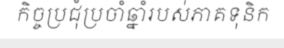
កិច្ចប្រជុំប្រចាំឆ្នាំរបស់ភាគទុនិក